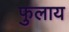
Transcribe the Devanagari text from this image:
फुलाय